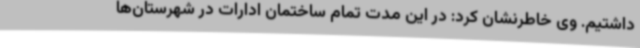
داشتیم. وی خاطرنشان کرد: در این مدت تمام ساختمان ادارات در شهرستان‌ها